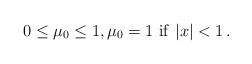
LaTeX: \begin{align*}0\le \mu_0\le 1, \mu_0=1\,\, {\rm if}\,\, |x|<1\,.\end{align*}